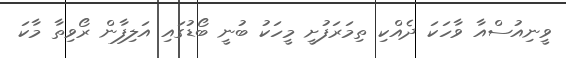
ވީނިއުސްއާ ވާހަކަ ދެއްކި ތިމަރަފުށީ މީހަކު ބުނީ ބޯޑުގައި އަލިފާން ރޯވިތާ މާކަ